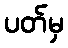
ပတ်မှ